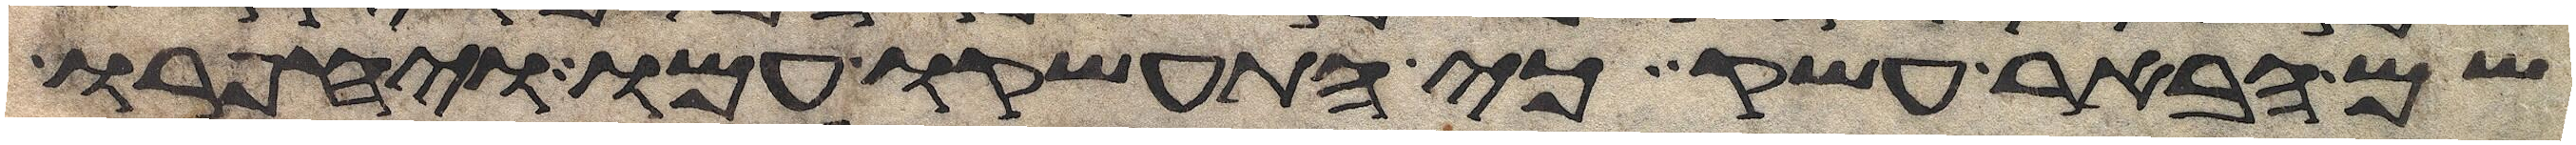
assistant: שם הבאר עשק כי התעשקו עמו ויחפרו